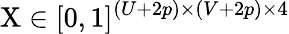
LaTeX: \mathrm{X}\in[0,1]^{(U+2p)\times(V+2p)\times 4}